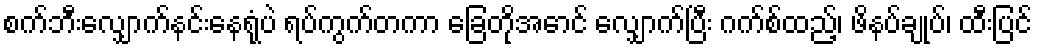
စက်ဘီးလျှောက်နင်းနေရုံပဲ ရပ်ကွက်တကာ ခြေတိုအောင် လျှောက်ပြီး ဂက်စ်ထည့်၊ ဖိနပ်ချုပ်၊ ထီးပြင်